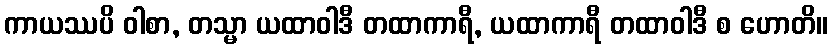
ကာယဿပိ ဝါစာ, တသ္မာ ယထာဝါဒီ တထာကာရီ, ယထာကာရီ တထာဝါဒီ စ ဟောတိ။